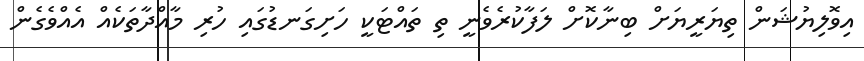
އިވޮލިޔުޝަން ތިޔަރީޔަށް ބިނާކޮށް ލަފާކުރެވެނީ ތި ތައްޓަކީ ހަށިގަނޑުގައި ހުރި މާއްދާތަކެއް އެއްވެގެން